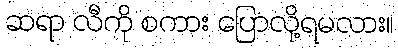
ဆရာ လီကို စကား ပြောလို့ရမလား။